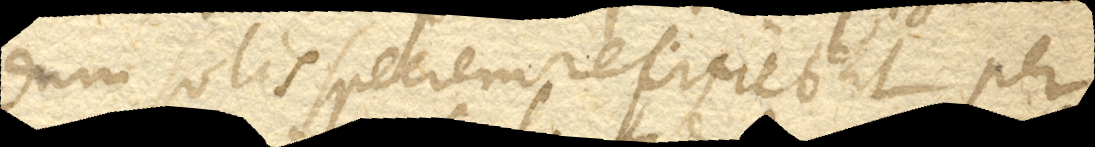
dum solis speciem recipiebat per